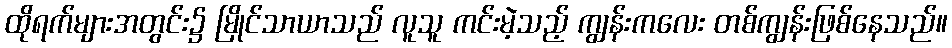
ထိုရက်များအတွင်း၌ မြိုင်သာယာသည် လူသူ ကင်းမဲ့သည့် ကျွန်းကလေး တစ်ကျွန်းဖြစ်နေသည်။